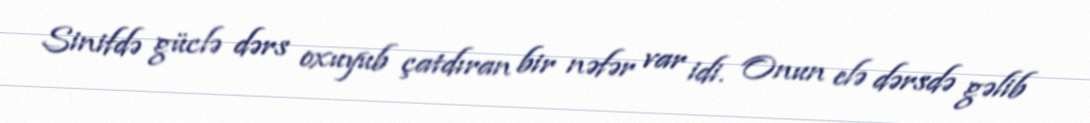
Sinifdə güclə dərs oxuyub çatdıran bir nəfər var idi. Onun elə dərsdə gəlib